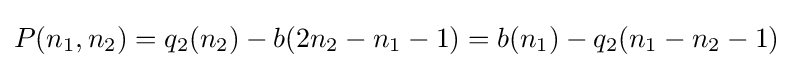
P(n_{1},n_{2})=q_{2}(n_{2})-b(2n_{2}-n_{1}-1)=b(n_{1})-q_{2}(n_{1}-n_{2}-1)